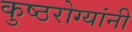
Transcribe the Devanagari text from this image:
कुष्ठरोग्यांनी